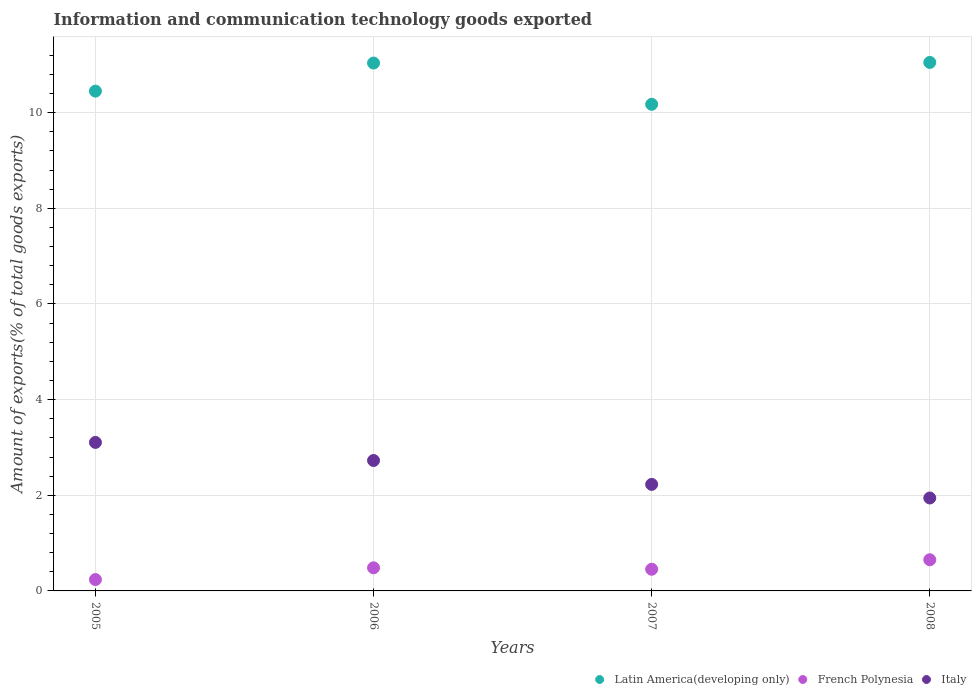
| Years | Latin America(developing only) | French Polynesia | Italy |
 | --- | --- | --- | --- |
 | 2005 | 10.5 | 0.238 | 3.11 |
 | 2006 | 11 | 0.483 | 2.73 |
 | 2007 | 10.2 | 0.453 | 2.23 |
 | 2008 | 11.1 | 0.652 | 1.94 |